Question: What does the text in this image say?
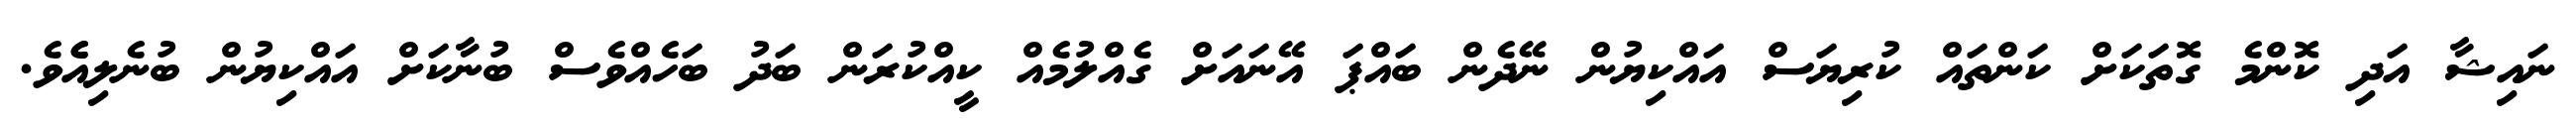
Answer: ނައިޝާ އަދި ކޮންމެ ގޮތަކަށް ކަންތައް ކުރިޔަސް އައްކިޔުން ނޭދެން ބައްޕަ އޭނައަށް ގެއްލުމެއް ކީއްކުރަން ބަދު ބަހެއްވެސް ބުނާކަށް އައްކިޔުން ބުނެލިއެެވެ.